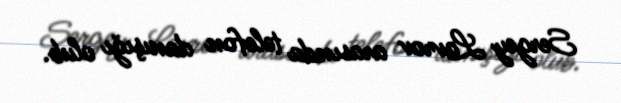
Sergey Lavrov arasında telefon danışığı olub.